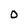
Character: O